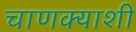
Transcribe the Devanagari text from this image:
चाणक्याशी